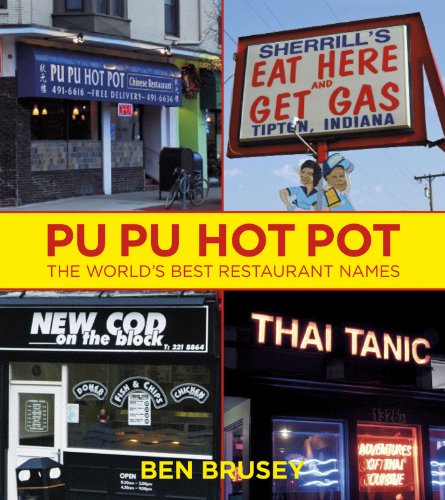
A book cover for Pu Pu Hot Pot: The World's Best Restaurant Names; Ben Brusey; Humor & Entertainment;